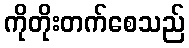
ကိုတိုးတက်စေသည်